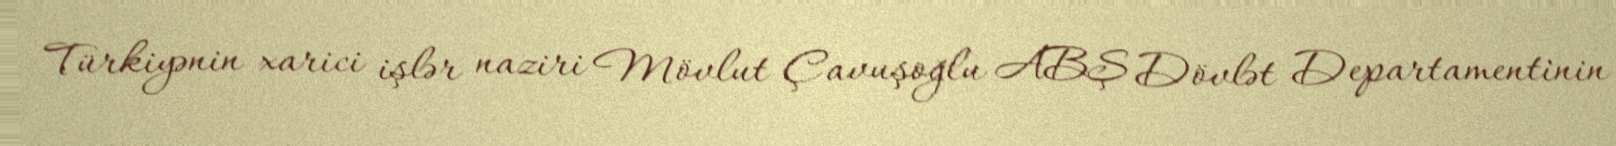
Türkiyənin xarici işlər naziri Mövlut Çavuşoğlu ABŞ Dövlət Departamentinin